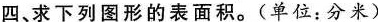
四、求下列图形的表面积。(单位：分米)